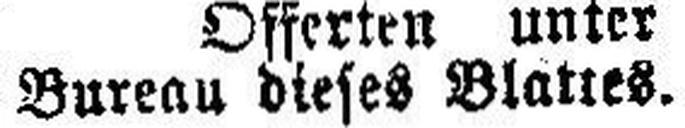
Bureau dieses Blattes.